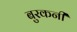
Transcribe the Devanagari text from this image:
बुरकनी